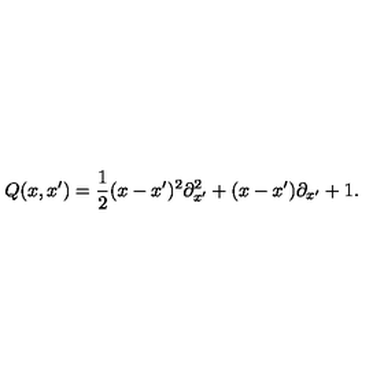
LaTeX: Q ( x , x ^ { \prime } ) = \frac { 1 } { 2 } ( x - x ^ { \prime } ) ^ { 2 } { \partial } _ { x ^ { \prime } } ^ { 2 } + ( x - x ^ { \prime } ) { \partial } _ { x ^ { \prime } } + 1 .